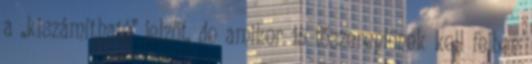
a „kiszámítható” jelzőt, de amikor 15 főszereplőnek kell fejben